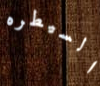
السيطره